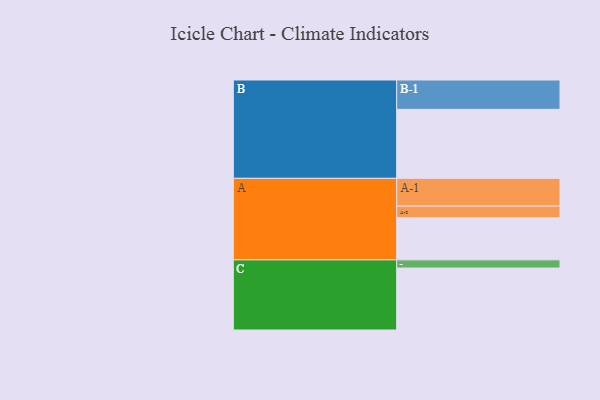
{"axis": {"x": "Segment", "y": "Value"}, "legend": ["", "A", "B", "C"], "data": [{"x": "A", "y": 366, "type": ""}, {"x": "B", "y": 599, "type": ""}, {"x": "C", "y": 538, "type": ""}, {"x": "A-1", "y": 241, "type": "A"}, {"x": "A-2", "y": 101, "type": "A"}, {"x": "B-1", "y": 255, "type": "B"}, {"x": "C-1", "y": 71, "type": "C"}]}